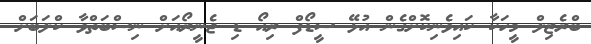
ބްރެޒިލް މީހަކާ ކައިވެނިކޮށްގެން އުޅޭ ސީޑޯފް ރިއޯ ޑި ޖެނީރޯއަށް ނިސްބަތްވާ ކްލަބަށް